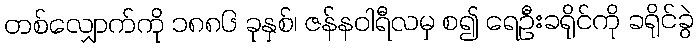
တစ်လျှောက်ကို ၁၈၈၆ ခုနှစ်၊ ဇန်နဝါရီလမှ စ၍ ရေဦးခရိုင်ကို ခရိုင်ခွဲ